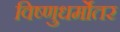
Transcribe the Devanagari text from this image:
विष्णुधर्मोतर